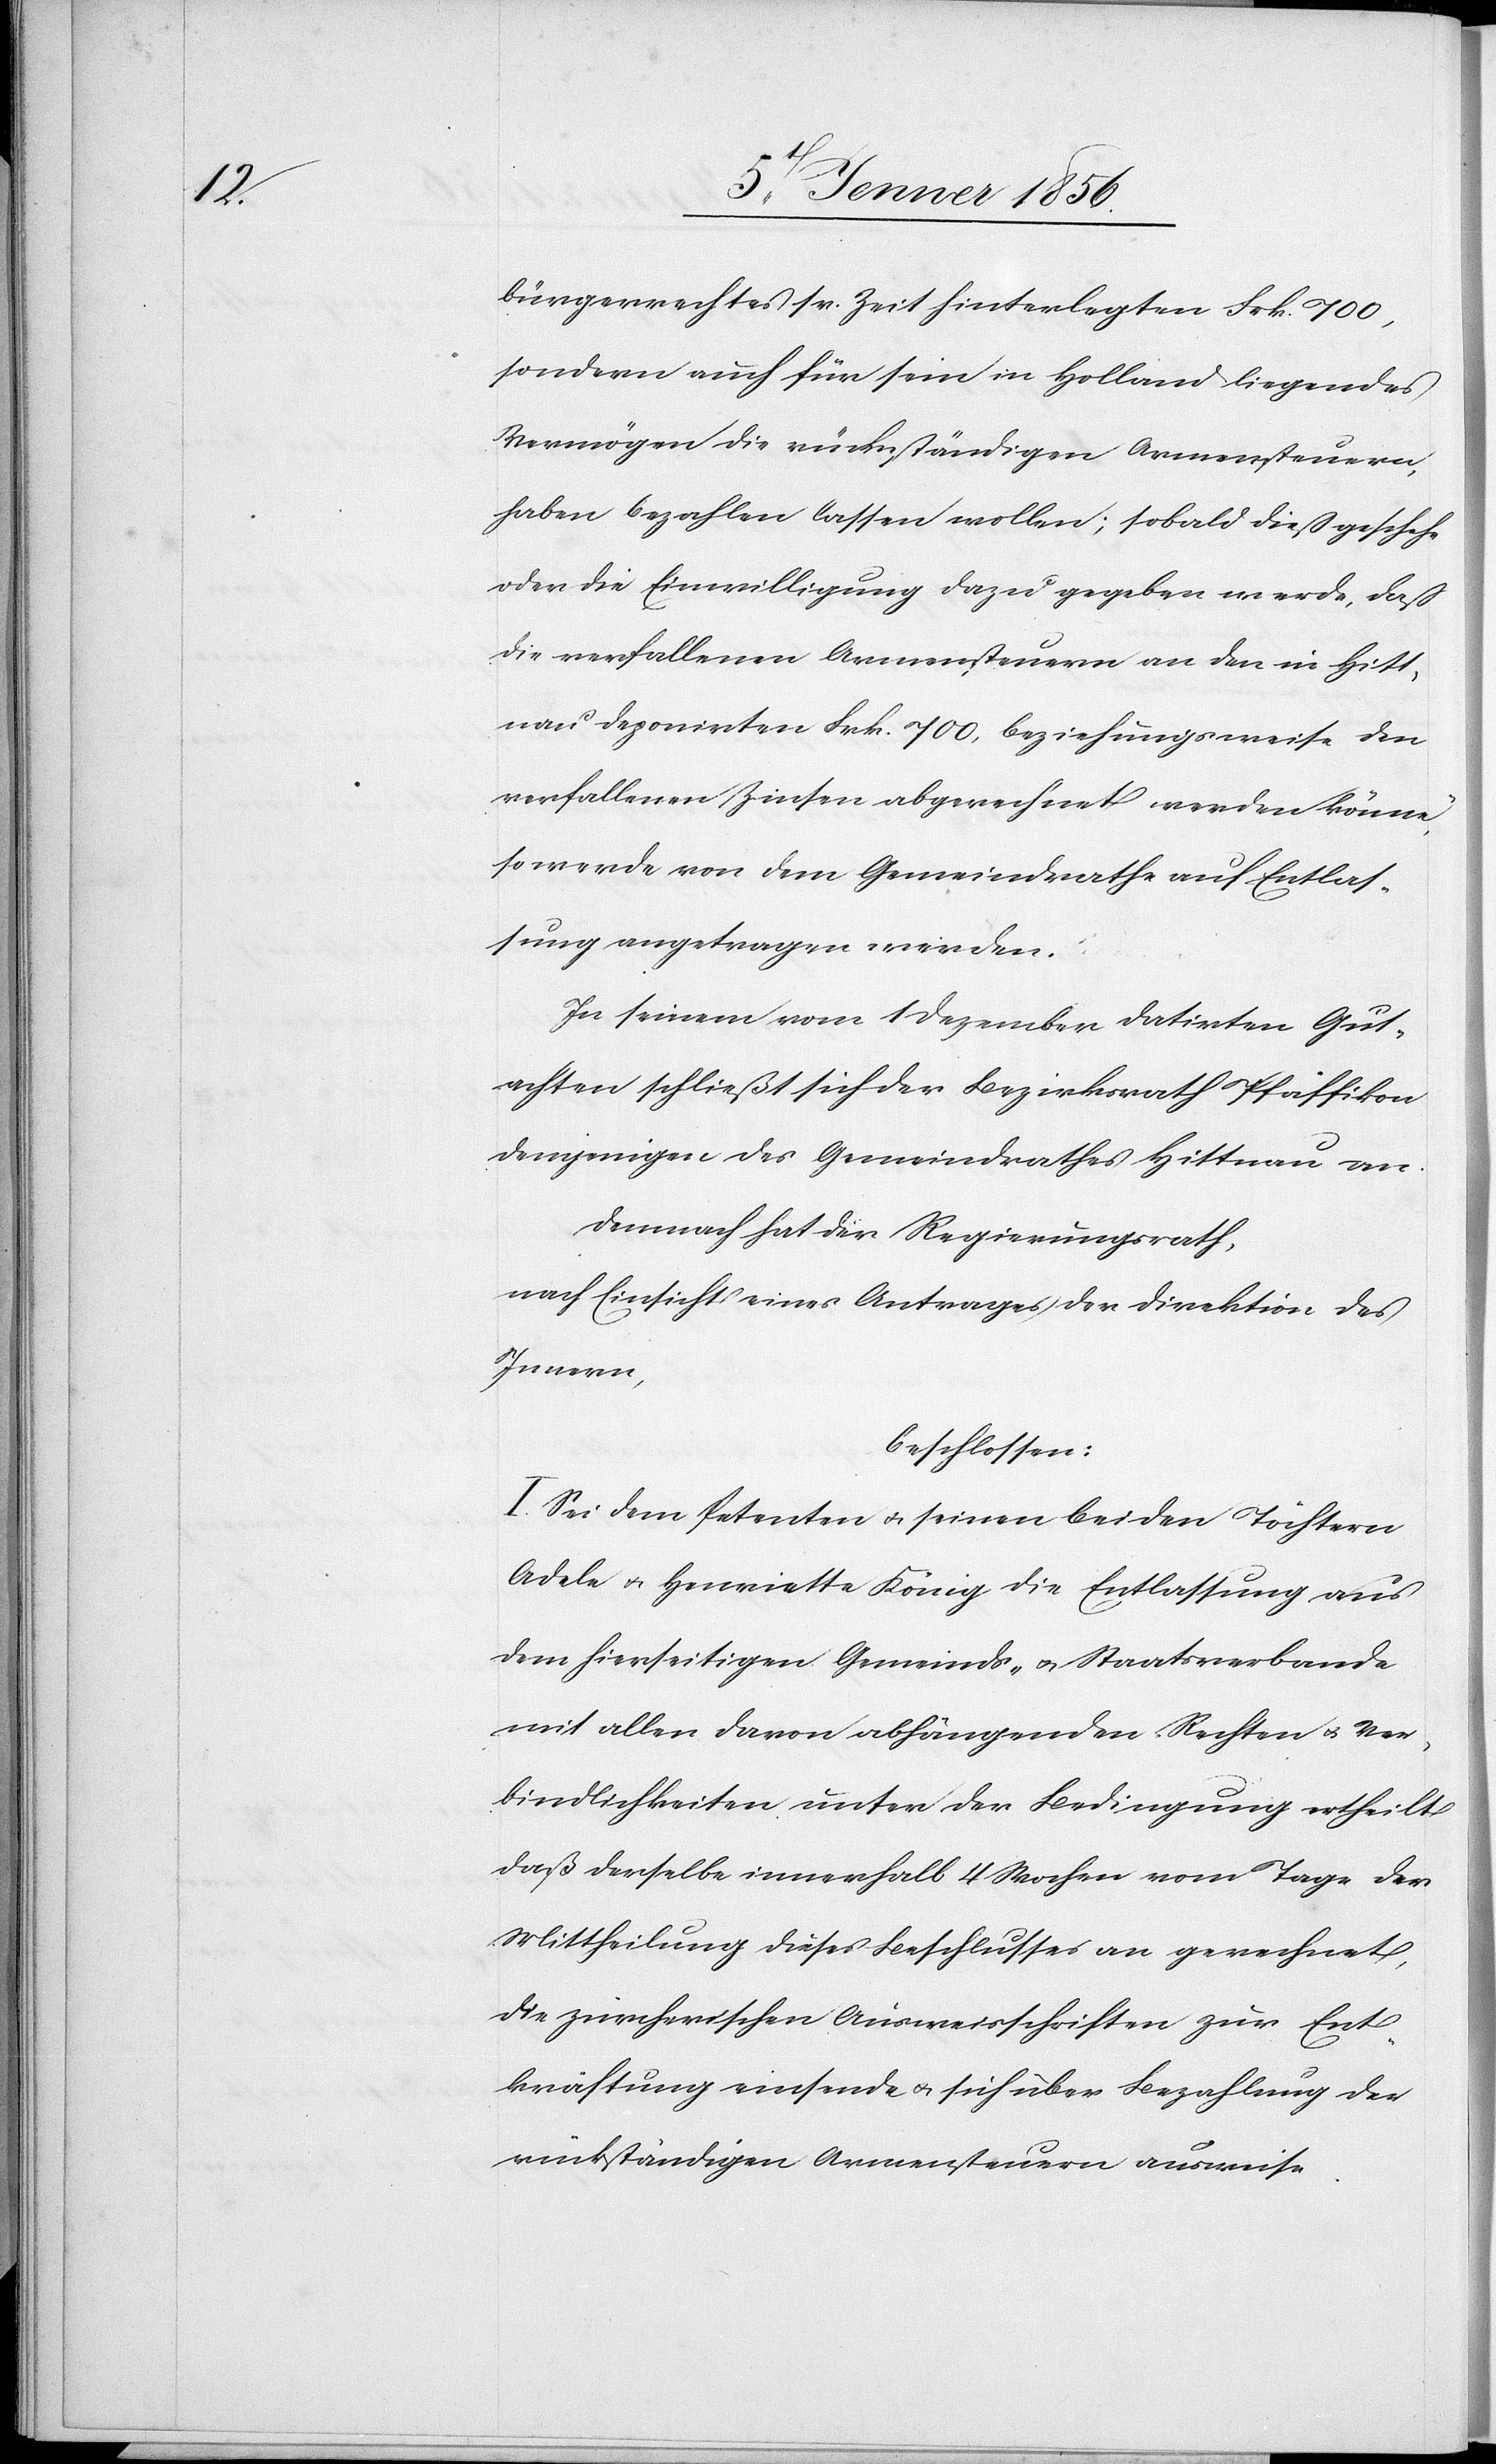
bürgerrechtes sr. Zeit hinterlegten Frk. 700,
sondern auch für sein in Holland liegendes
Vermögen die rückständigen Armensteuern
haben bezahlen lassen wollen; sobald dieß geschehe
oder die Einwilligung dazu gegeben werde, daß
die verfallenen Armensteuern an den in Hitt¬
nau deponirten Frk. 700, beziehungsweise den
verfallenen Zinsen abgerechnet werden könne,
so werde von dem Gemeindrathe auf Entlas¬
sung angetragen werden.
In seinem vom 1 Dezember datirten Gut¬
achten schließt sich der Bezirksrath Pfäffikon
demjenigen des Gemeindrathes Hittnau an.
Demnach hat der Regierungsrath,
nach Einsicht eines Antrages der Direktion des
Innern,
beschlossen:
I. Sei dem Petenten u. seinen beiden Töchtern
Adele u. Henriette König die Entlassung aus
dem hierseitigen Gemeinds- u. Staatsverbande
mit allen davon abhängenden Rechten u. Ver¬
bindlichkeiten unter der Bedingung ertheilt
daß derselbe innerhalb 4 Wochen vom Tage der
Mittheilung dieses Beschlusses an gerechnet,
die zürcherischen Ausweisschriften zur Ent¬
kräftung einsende u. sich über Bezahlung der
rückständigen Armensteuern ausweise.